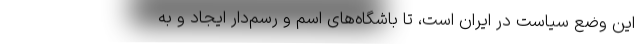
این وضع سیاست در ایران است، تا باشگاه‌های اسم و رسم‌دار ایجاد و به